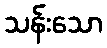
သန်းသော